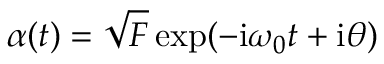
\alpha ( t ) = \sqrt { F } \exp ( - \mathrm { i } \omega _ { 0 } t + \mathrm { i } \theta )